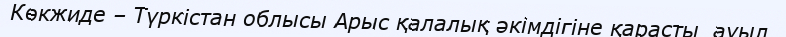
Көкжиде – Түркістан облысы Арыс қалалық әкімдігіне қарасты  ауыл.